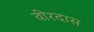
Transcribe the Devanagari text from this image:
वीरदास